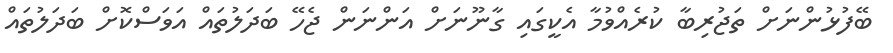
ބޭފުޅުންނަށް ތަޖުރިބާ ކުރެއްވުމާ އެކީގައި ގާނޫނަށް އަންނަން ޖެހޭ ބަދަލުތައް އަވަސްކޮށް ބަދަލުތައް